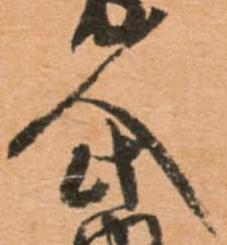
人